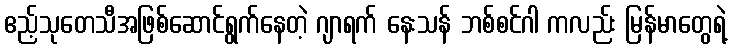
ဧည့်သုတေသီအဖြစ်ဆောင်ရွက်နေတဲ့ ဂျာရက် နေးသန် ဘစ်စင်ဂါ ကလည်း မြန်မာတွေရဲ့